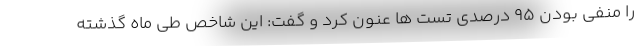
را منفی بودن ۹۵ درصدی تست ها عنون کرد و گفت: این شاخص طی ماه گذشته